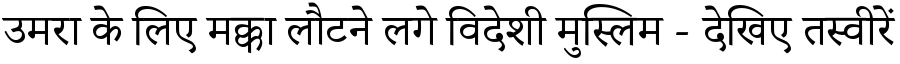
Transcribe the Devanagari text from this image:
उमरा के लिए मक्का लौटने लगे विदेशी मुस्लिम - देखिए तस्वीरें